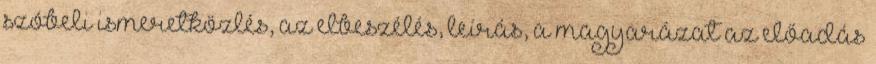
szóbeli ismeretközlés, az elbeszélés, leírás, a magyarázat az előadás